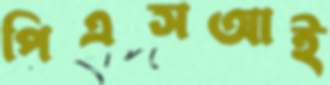
পিএসআই